Lunatic asylums Punjab 1895-1910 - 1895-1910
Year: 1895
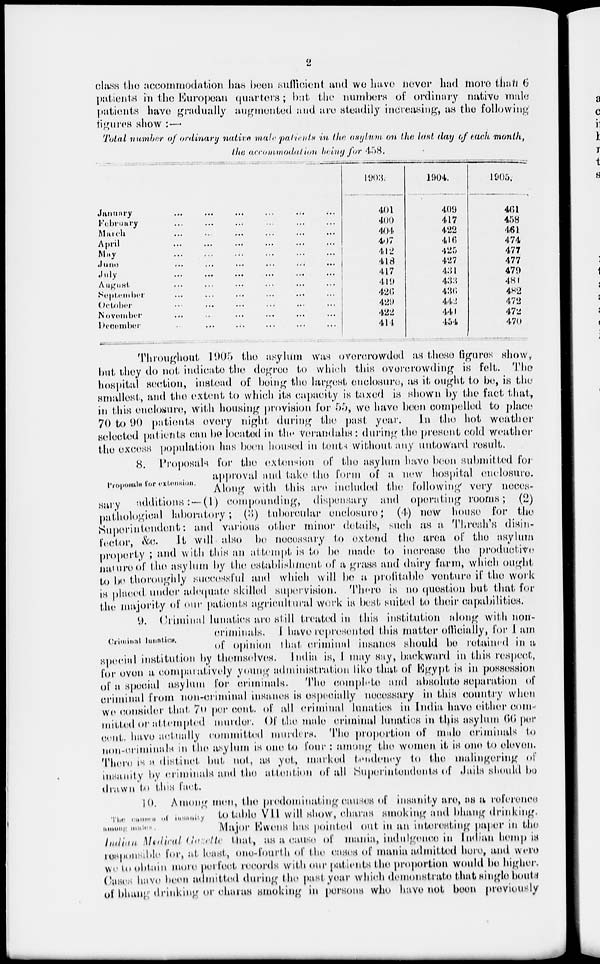
2
class the accommodation has been sufficient and we have never had more than 6
patients in the European quarters; but the numbers of ordinary native male
patients have gradually augmented and are steadily increasing, as the following
figures show :—
Total nnmber of ordinary native male, patients in the asylum on the last day of each month,
the accommodation baing for 458.
January ... ... ... ... ... ...
February ... ... ... ... ... ...
March ... ... ... ... ... ...
April ... ... ... ... ... ...
May ... ... ... ... ... ...
June
...
...
...
...
...
...
July ... ... ... ... ... ...
August ... ... ... ... ... ...
September
...
...
...
...
...
...
October ... ... ... ... ... ...
November ... ... ... ... ... ...
December ... ... ... ... ... ...
1903.
401
400
404
407
412
418
417
419
426
429
422
414
1904.
409
417
422
416
425
427
431
433
436
442
441
454
1905.
461
458
461
474
477
477
479
481
482
472
472
470
Throughout 1905 the asylum was overcrowded as these figures show,
but they do not indicate the degree to which this overcrowding is felt. The
hospital section, instead of being the largest enclosure* as it ought to be, is the
smallest, and the extent to which its capacity is taxed is shown by the fact that,
in this enclosure, with housing provision for 55, we have been compelled to place
70 to 90 patients every night during the past year. In the hot weather
selected patients can be located in the verandahs : during the present cold weather
the excess population has been housed in touts Without any uutoward result.
Proposals for extension.
8. Proposals for the extension of the asylum have been submitted for
approval and take the form of a new hospital enclosure.
Along with this are included the following very neces-
Hury additions:—(1) compounding, dispensary and operating rooms; (2)
pathological laboratory; (3) tubercular enclosure ; (4) new house for the
Superintendent: and various other minor details, such as a Thrush's disin-
feotor, &c. It will also bo necessary to extend the area of the asylum
property ; and with this an attempt is to be made to increase the productive
nuture of the asylum by the establishment of a grass and dairy farm, which ought
to be thoroughly successful and which will bo a profitable venture if the work
is placed under adequate skilled supervision. There is no question but that for
the majority of our patients agricultural work is best suited to their capabilities.
Criminal hunatics.
9. Criminal lunatics are still treated in this institution along with non-
criminals. I have represented this matter officially, for I am
of opinion that criminal insanes should be retained in a
special institution by themselves. India is, I may say, backward in this respect,
for even a comparatively young administration like that of Egypt is in possession
of a special asylum for criminals. The complete and absolute separation of
criminal from non-criminal insanes is especially necessary in this country when
wo consider that 70 per cent. of all criminal lunatics in India have either com-
mitted or attempted murder. Of the male criminal lunatics in tips asylum 00 per
cent. have actually committed murders. The proportion of mule criminals to
non-criminals in the asylum is one to four : among the women it is one to elevon-
Thoro is a distinct but not, as yet, marked tendency to the malingering of
insanity by criminals and the attention of all Superintendents of Jails should be
drawn to this fact.
The causes of insanity
among males.
10. Among men, the predominating causes of insanity are, as a reference
to table VII will show, churns smoking and bhang drinking.
Major Ewens has pointed out in an interesting paper in the
Indian, Medical Gazette that, as a cause of mania, indulgence in Indian hemp is
responsible for, at least, one-fourth of the cases of mania admitted here, and were
we to obtain more perfect records with our patients the proportion would bo higher.
Oases have boon admitted during the past year which demonstrate that single bouts
of bhang drinking or charas smoking in persons who have not been previously